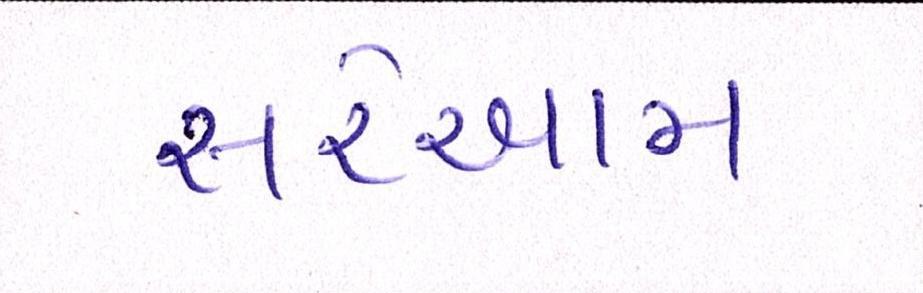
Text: સરેઆમ